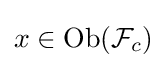
x\in {\text{Ob}}({\mathcal {F}}_{c})